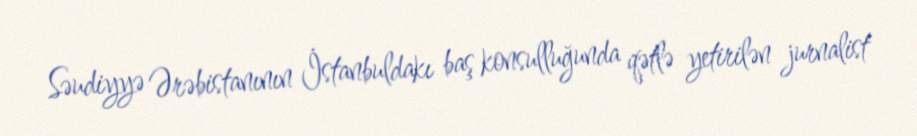
Səudiyyə Ərəbistanının İstanbuldakı baş konsulluğunda qətlə yetirilən jurnalist